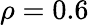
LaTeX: \rho=0.6